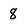
Character: 8